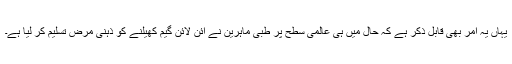
یہاں یہ امر بھی قابل ذکر ہے کہ حال میں ہی عالمی سطح پر طبی ماہرین نے آئن لائن گیم کھیلنے کو ذہنی مرض تسلیم کر لیا ہے۔